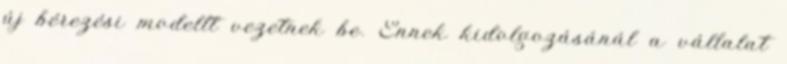
új bérezési modellt vezetnek be. Ennek kidolgozásánál a vállalat